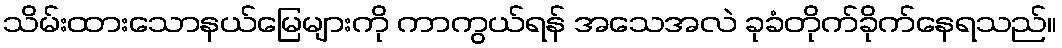
သိမ်းထားသောနယ်မြေများကို ကာကွယ်ရန် အသေအလဲ ခုခံတိုက်ခိုက်နေရသည်။